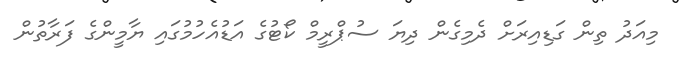
މިއަދު ތިން ގަޑިއިރަށް ދެމިގެން ދިޔަ ސުޕްރީމް ކޯޓުގެ އަޑުއެހުމުގައި ޔާމީންގެ ފަރާތުން